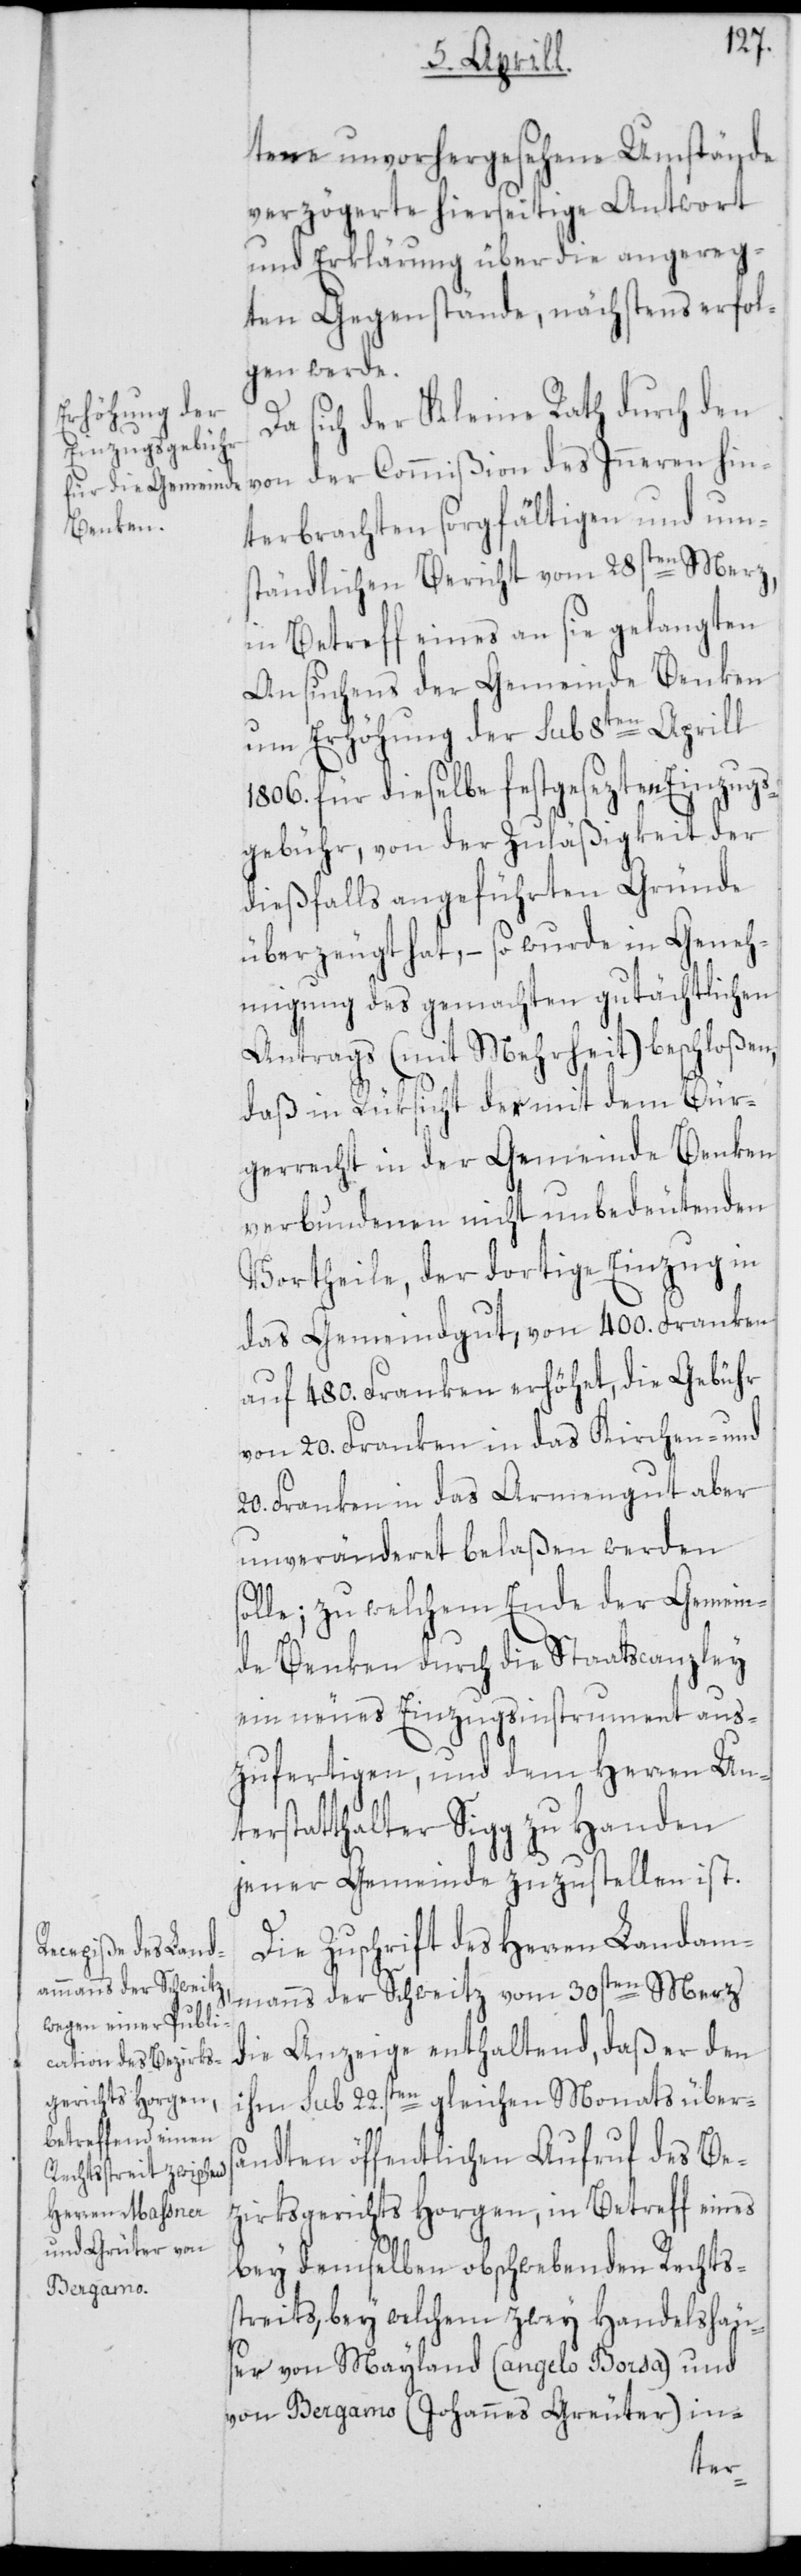
tene unvorhergesehene Umstände
verzögerte hierseitige Antwort
und Erklärung über die angereg¬
ten Gegenstände, nächstens erfol¬
gen werde.
Da sich der Kleine Rath durch den
von der Commißion des Inneren hin¬
terbrachten sorgfältigen und um¬
ständlichen Bericht vom 28sten Merz,
in Betreff eines an sie gelangten
Ansuchens der Gemeinde Benken
um Erhöhung der sub 8ten Aprill
1806. für dieselbe festgesezten Einzugs¬
gebühr, von der Zuläßigkeit der
dießfalls angeführten Gründe
überzeugt hat, – so wurde in Geneh¬
migung des gemachten gutächtlichen
Antrags (mit Mehrheit) beschloßen,
daß in Rüksicht der mit dem Bür¬
gerrecht in der Gemeinde Benken
verbundenen nicht unbedeutenden
Vortheile, der dortige Einzug in
das Gemeindgut, von 400. Franken
auf 480. Franken erhöhet, die Gebühr
von 20. Franken in das Kirchen- und
20. Franken in das Armengut aber
unveränderet belaßen werden
solle; zu welchem Ende der Gemein¬
de Benken durch die Staatscanzley
ein neues Einzugsinstrument aus¬
zufertigen, und dem Herren Un¬
terstatthalter Sigg zu Handen
jener Gemeinde zuzustellen ist.
Die Zuschrift des Herren Landam¬
manns der Schweitz vom 30sten Merz,
die Anzeige enthaltend, daß er den
ihm sub 22sten. gleichen Monats über¬
sandten öffentlichen Aufruf des Be¬
zirksgerichts Horgen, in Betreff eines
bey demselben obschwebenden Rechts¬
streits, bey welchem zwey Handelshäus¬
er von Mayland (angelo Borsa) und
von Bergamo (Johannes Greuter